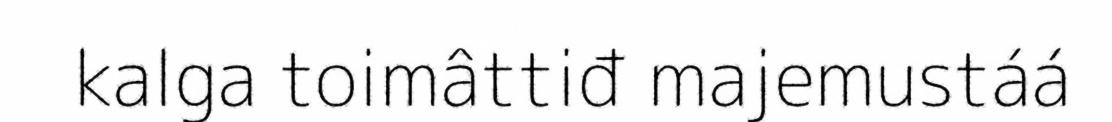
kalga toimâttiđ majemustáá